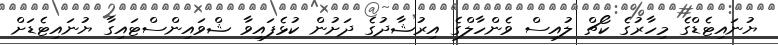
ޔުނައިޓެޑްގެ މިހާރުގެ ކޯޗް ލުއިސް ވެންހާލްގެ އިރުޝާދުގެ ދަށުން ކުޅެފައިވާ ޝްވައިންސްޓައިގާ ޔުނައިޓެޑަށް